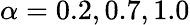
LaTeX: \alpha=0.2,0.7,1.0